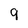
Character: 9